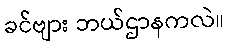
ခင်ဗျား ဘယ်ဌာနကလဲ။